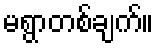
မရွာတစ်ချက်။